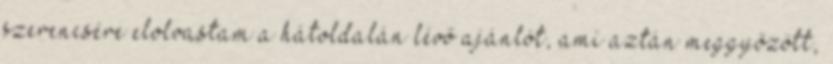
szerencsére elolvastam a hátoldalán lévő ajánlót, ami aztán meggyőzött,